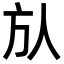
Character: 㫃